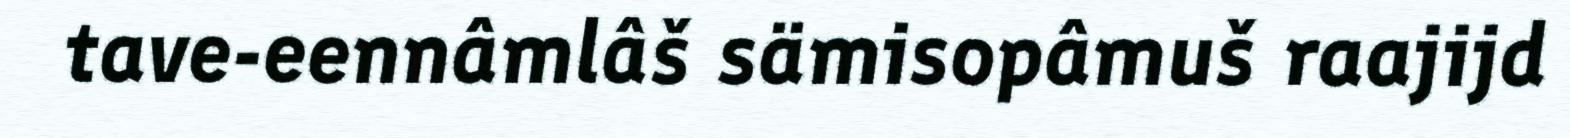
tave-eennâmlâš sämisopâmuš raajijd